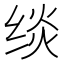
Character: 𰬧